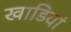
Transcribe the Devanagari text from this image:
खाडियां